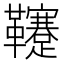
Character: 𩎀